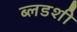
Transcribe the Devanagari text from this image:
ब्लडशी